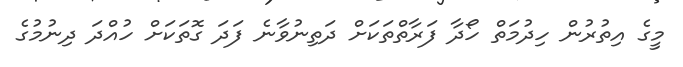
މީގެ އިތުރުން ހިދުމަތް ހޯދާ ފަރާތްތަކަށް ދަތިނުވާނެ ފަދަ ގޮތަކަށް ހުއްދަ ދިނުމުގެ